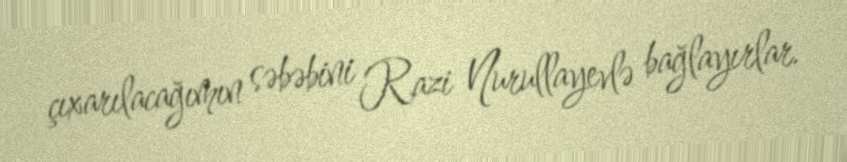
çıxarılacağımın səbəbini Razi Nurullayevlə bağlayırlar.